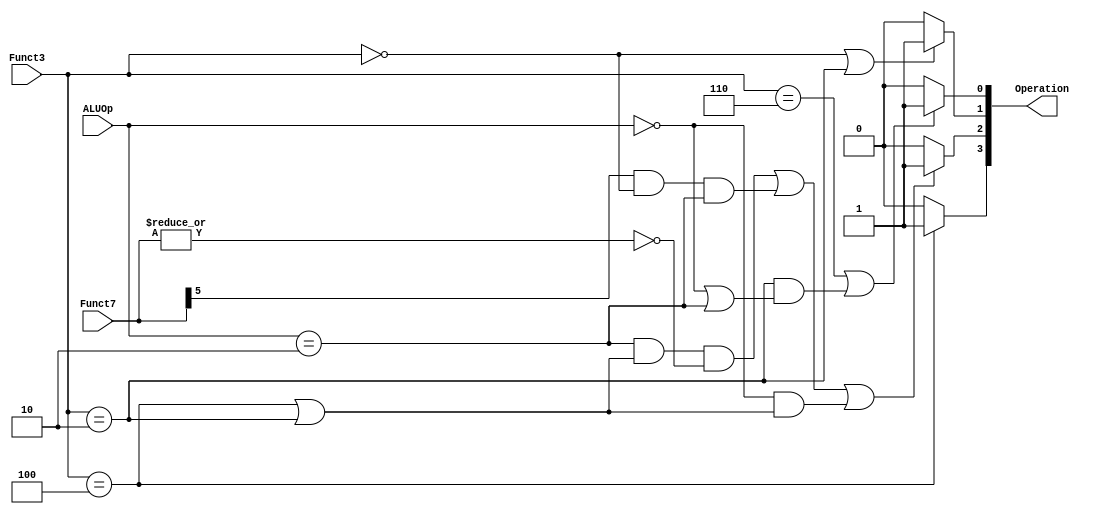
//////////////////////////////////////////////////////////////////////////////////
// Module Name: ALUController
//////////////////////////////////////////////////////////////////////////////////
`timescale 1ns / 1ps

module ALUController(
    ALUOp, Funct7, Funct3, Operation
    );
    
    input [2:0] Funct3;
    input [6:0] Funct7;
    input [1:0] ALUOp;
    
    output wire [3:0] Operation;
    
    assign Operation[0] =   (Funct3 == 3'b110) || (Funct3 == 3'b010 && (ALUOp == 2'b00 || ALUOp == 2'b10)) ? 1'b1 : 1'b0;
    assign Operation[1] =   (Funct3 == 3'b000) || (Funct3 == 3'b010) ? 1'b1 : 1'b0;
    
    assign Operation[2] =   ((ALUOp == 2'b10) && (Funct3 == 3'b100 || Funct3 == 3'b010) && (|Funct7 == 1'b0)) || 
                            ((Funct7[5] == 1'b1) && (Funct3 == 3'b000) && (ALUOp == 2'b10)) || 
                            ((ALUOp == 2'b00) && (Funct3 == 3'b100 || Funct3 == 3'b010)) ? 
                            
                            1'b1 : 1'b0;
                            
                            
                            
    assign Operation[3] =   (Funct3 == 3'b100) ? 1'b1 : 1'b0;
    
endmodule